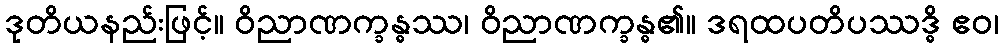
ဒုတိယနည်းဖြင့်။ ဝိညာဏက္ခန္ဓဿ၊ ဝိညာဏက္ခန္ဓ၏။ ဒရထပတိပဿဒ္ဓိ ဧဝ၊